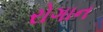
રોગાન